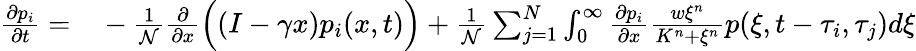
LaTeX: \begin{array}{rl}{\frac{\partial p_{i}}{\partial t}=}&{{}-\frac{1}{\mathcal{N}}\frac{\partial}{\partial x}\Big((I-\gamma x)p_{i}(x,t)\Big)+\frac{1}{\mathcal{N}}\sum_{j=1}^{N}\int_{0}^{\infty}\frac{\partial p_{i}}{\partial x}\frac{w\xi^{n}}{K^{n}+\xi^{n}}p(\xi,t-\tau_{i},\tau_{j})d\xi}\end{array}